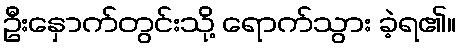
ဦးနှောက်တွင်းသို့ ရောက်သွား ခဲ့ရ၏။